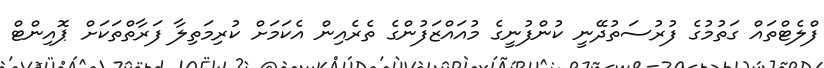
ފްލެޓްތައް ގަތުމުގެ ފުރުސަތުދޭނީ ކުންފުނީގެ މުއައްޒަފުންގެ ތެރެއިން އެކަމަށް ކުރިމަތިލާ ފަރާތްތަކަށް ޕޮއިންޓް